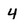
Character: 4